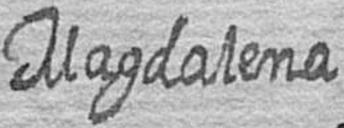
Magdalena